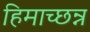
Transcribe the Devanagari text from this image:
हिमाच्छन्न